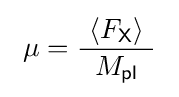
\ \mu ={\frac {\ \langle F_{\mathsf {X}}\rangle \ }{\ M_{\mathsf {pl}}\ }}\